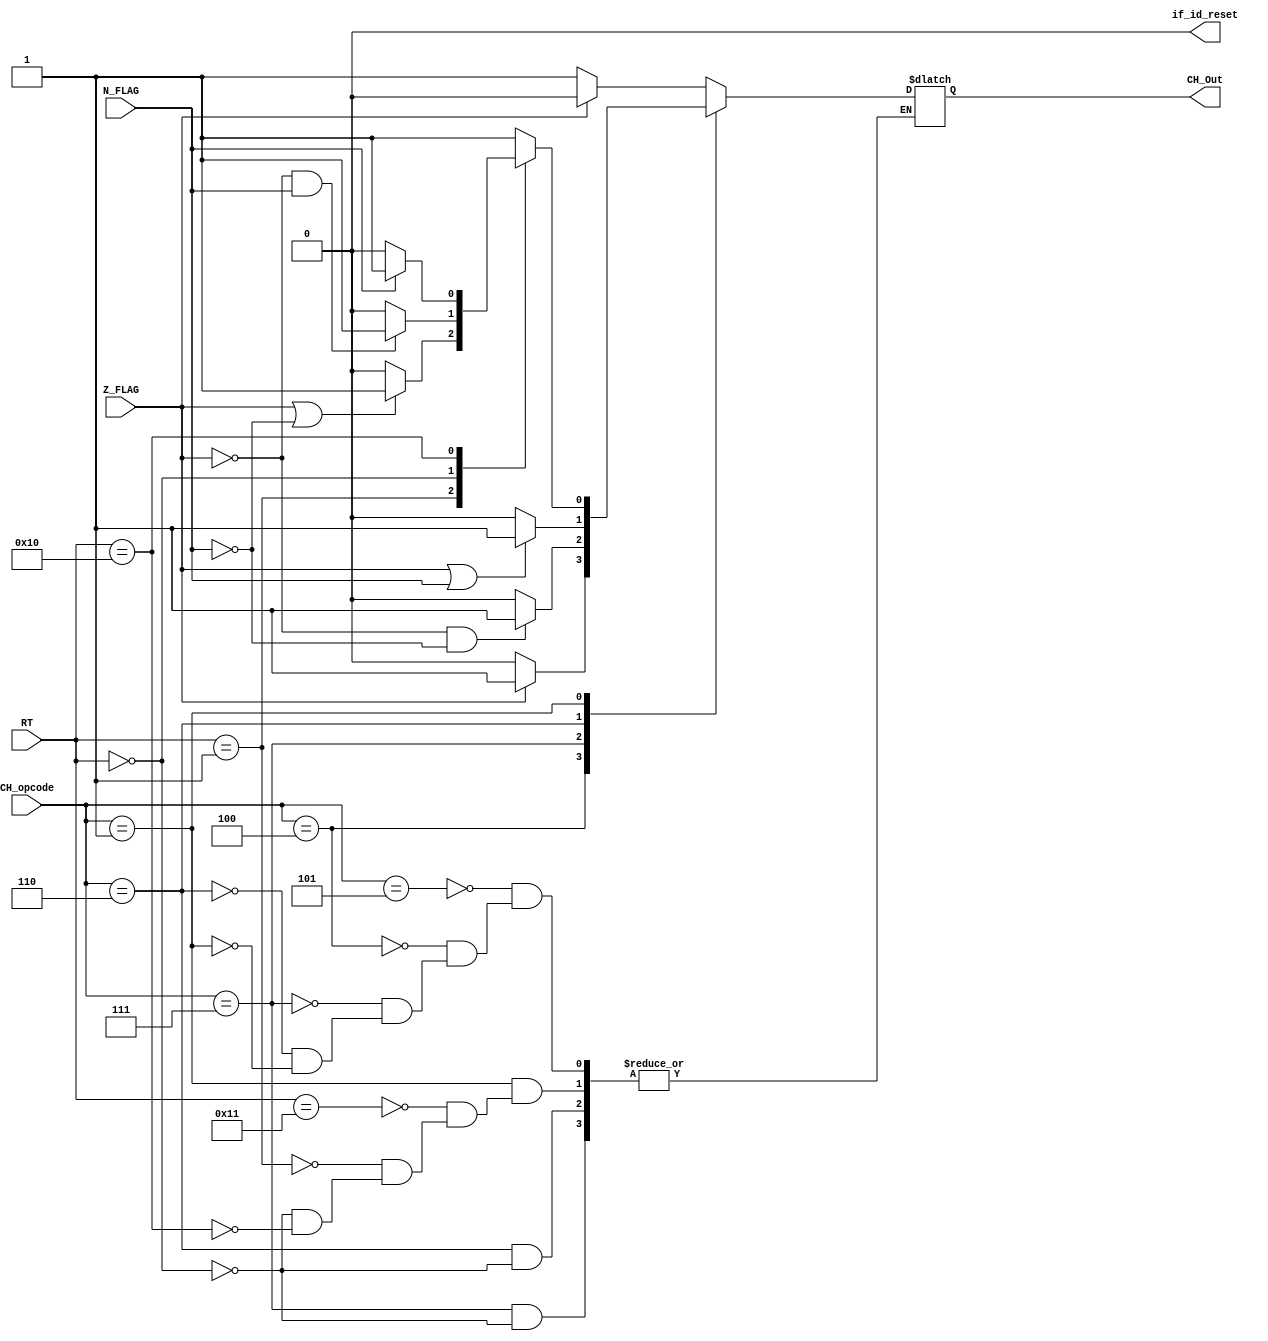
module Condition_Handler (
    output reg          if_id_reset,
    output reg          CH_Out,

    input wire [5:0]    CH_opcode,
    input wire [4:0]    RT,
    input wire          Z_FLAG,
    input wire          N_FLAG
); 

always @* begin
    if_id_reset <= 1'b0;
    case (CH_opcode)
        6'b000101: begin //not equal
            if(Z_FLAG == 0) CH_Out <= 1'b1;
            else CH_Out <= 1'b0;
        end
        6'b000100: begin //equal
            if(Z_FLAG == 1) CH_Out <= 1'b1;
            else CH_Out <= 1'b0;
        end
        6'b000111: begin //greater than zero
            if(RT == 5'b00000) begin
                if((Z_FLAG == 0) && (N_FLAG == 0)) CH_Out <= 1'b1;
                else CH_Out <= 1'b0;
            end
        end 
        6'b000110: begin //lesser or equal than zero
            if(RT == 5'b00000) begin
                if((Z_FLAG == 1) || (N_FLAG == 1)) CH_Out <= 1'b1;
                else CH_Out <= 1'b0;
            end
        end
        6'b000001: begin
            case (RT)
              5'b10001: begin //BAL (BGEZAL) //branch and link
                    CH_Out <= 1'b1;
              end
             5'b00001 : begin //greater or equal than zero
                    if((Z_FLAG == 1) || (N_FLAG == 0)) CH_Out <= 1'b1;
                    else CH_Out <= 1'b0;
              end
              5'b00000: begin //lesser than zero
                    if((Z_FLAG == 0) && (N_FLAG == 1)) CH_Out <= 1'b1;
                    else CH_Out <= 1'b0;
              end
              5'b10000: begin //lesser than zero and link
                    if(N_FLAG == 1) CH_Out <= 1'b1;
                    else CH_Out <= 1'b0;
              end
            endcase
        end
    endcase

end

endmodule